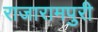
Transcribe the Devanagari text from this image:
राजारामपुरी